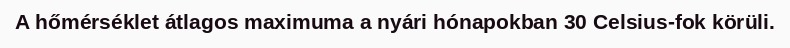
A hőmérséklet átlagos maximuma a nyári hónapokban 30 Celsius-fok körüli.